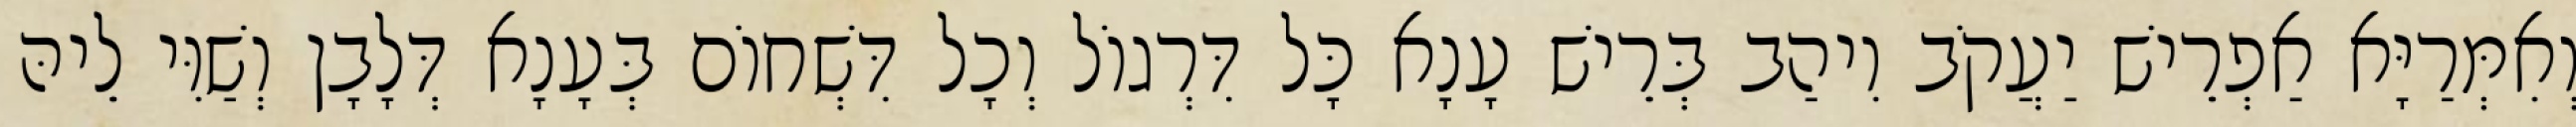
וְאִמְּרַיָּא אַפְרֵישׁ יַעֲקֹב וִיהַב בְּרֵישׁ עָנָא כָּל דִּרְגוֹל וְכָל דִּשְׁחוֹם בְּעָנָא דְּלָבָן וְשַׁוִּי לֵיהּ